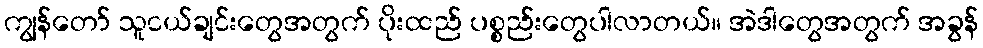
ကျွန်တော် သူငယ်ချင်းတွေအတွက် ပိုးထည် ပစ္စည်းတွေပါလာတယ်။ အဲဒါတွေအတွက် အခွန်